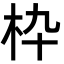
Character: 枠